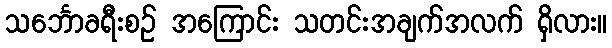
သင်္ဘောခရီးစဉ် အကြောင်း သတင်းအချက်အလက် ရှိလား။